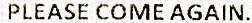
PLEASE COME AGAIN.